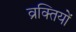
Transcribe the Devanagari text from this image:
व्रक्तियों